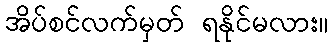
အိပ်စင်လက်မှတ် ရနိုင်မလား။